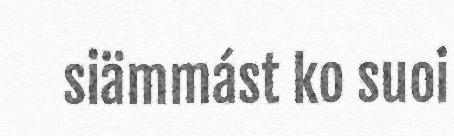
siämmást ko suoi